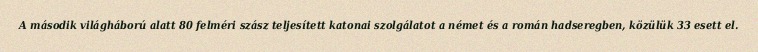
A második világháború alatt 80 felméri szász teljesített katonai szolgálatot a német és a román hadseregben, közülük 33 esett el.